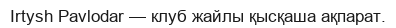
Irtysh Pavlodar — клуб жайлы қысқаша ақпарат.